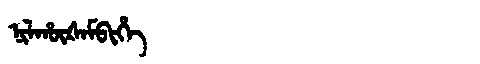
Manchu: ᠨᡳᠯᡥᡡᡧᠠᠮᠪᡳᡥᡝ
Romanization: NILHŪŠAMBIHE